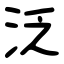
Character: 泛